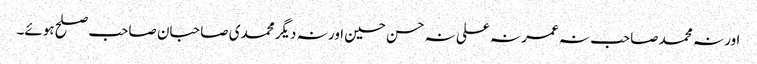
اور نہ محمد صاحب نہ عمر نہ علی نہ حسن حسین اور نہ دیگر محمدی صاحبان صاحب صلح ہوئے۔